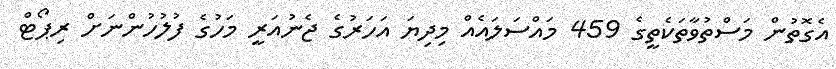
އެގޮތުން މަސްތުވާތަކެތީގެ 459 މައްސަަލައެއް މިދިޔަ އަހަރުގެ ޖެނުއަރީ މަހުގެ ފުލުހުންނަށް ރިޕޯޓް